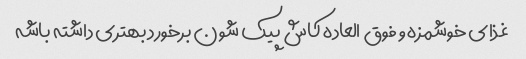
غذای خوشمزه و فوق العاده کاش پیک شون برخورد بهتری داشته باشه